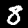
Digit: 8